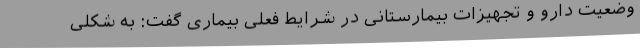
وضعیت دارو و تجهیزات بیمارستانی در شرایط فعلی بیماری گفت: به شکلی